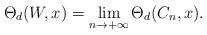
LaTeX: \begin{align*}\Theta_d(W,x)=\lim_{n\to +\infty} \Theta_d(C_n,x).\end{align*}